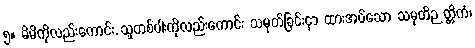
၅။ မိမိကိုလည်းကောင်း, သူတစ်ပါးကိုလည်းကောင်း သမုတ်ခြင်းငှာ ထားအပ်သော သမုတိဉတ္တိကံ၊